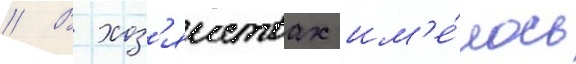
// В хоз'яиствах им'е́лось